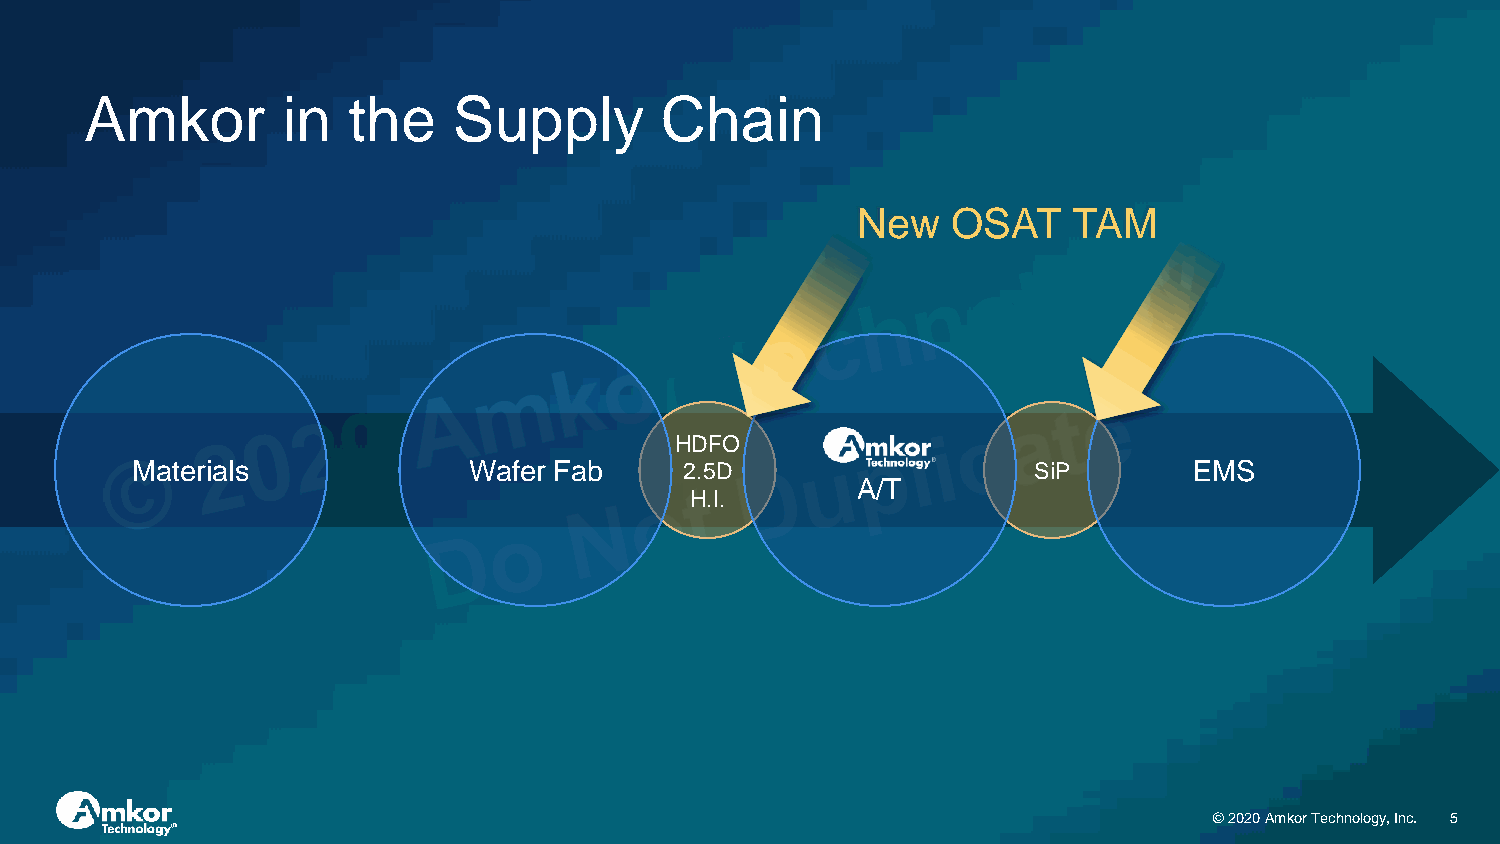
Amkor        in  the    Supply        Chain
 New   OSAT    TAM
 HDFO
 Materials             Wafer Fab     2.5D                   SiP        EMS
 A/T
 H.I.
 © 2020 Amkor Technology, Inc. 5